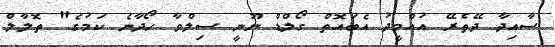
ސާއިދާ ދޭތެރޭ އުއްމީދު އެބައޮތް ގޯލްޑް ނޫނީ ސިލްވާ ހޯދާނެ ކަމުގެ" ތޮލާލް